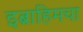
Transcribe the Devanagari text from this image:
इब्राहिमचा